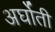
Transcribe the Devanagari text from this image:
अर्घोती